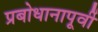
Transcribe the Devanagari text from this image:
प्रबोधानापूर्वी